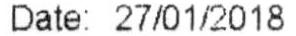
DATE: 27/01/2018